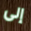
إلى